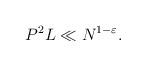
LaTeX: \begin{align*}P^2L\ll N^{1-\varepsilon}.\end{align*}